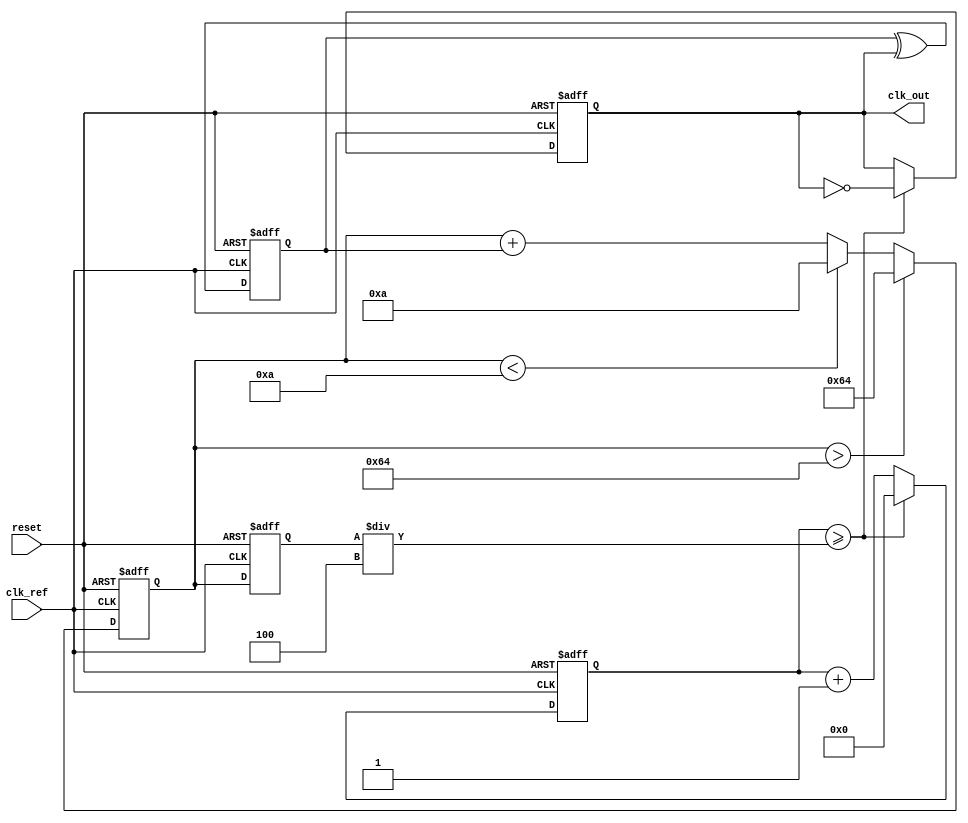
module PLL (
    input wire clk_ref,        // Reference clock input
    input wire reset,          // Asynchronous reset
    output reg clk_out         // Output clock
);

    // Parameters
    parameter DIV_RATIO = 4;   // Frequency divider ratio
    parameter VCO_MAX_FREQ = 100; // Maximum VCO frequency
    parameter VCO_MIN_FREQ = 10;  // Minimum VCO frequency
    parameter PHASE_DETECTOR_WIDTH = 8; // Phase detector output width

    // Internal signals
    reg [PHASE_DETECTOR_WIDTH-1:0] phase_error; // Phase error signal
    reg [7:0] control_voltage; // Control voltage for VCO
    reg [7:0] vco_output; // VCO output frequency
    reg [7:0] divider_counter; // Counter for frequency division

    // Phase Detector (XOR-based)
    always @(posedge clk_ref or posedge reset) begin
        if (reset) begin
            phase_error <= 0;
        end else begin
            // Example phase detector logic (XOR)
            phase_error <= phase_error ^ clk_out; // Compare phase
        end
    end

    // Loop Filter (Simple Integrator)
    always @(posedge clk_ref or posedge reset) begin
        if (reset) begin
            control_voltage <= 0;
        end else begin
            control_voltage <= control_voltage + phase_error; // Simple integration
            // Clamp control voltage to VCO range
            if (control_voltage > VCO_MAX_FREQ) begin
                control_voltage <= VCO_MAX_FREQ;
            end else if (control_voltage < VCO_MIN_FREQ) begin
                control_voltage <= VCO_MIN_FREQ;
            end
        end
    end

    // Voltage-Controlled Oscillator (VCO)
    always @(posedge clk_ref or posedge reset) begin
        if (reset) begin
            vco_output <= 0;
        end else begin
            // Simple linear VCO model
            vco_output <= control_voltage; // Control frequency by voltage
        end
    end

    // Frequency Divider
    always @(posedge clk_ref or posedge reset) begin
        if (reset) begin
            divider_counter <= 0;
            clk_out <= 0;
        end else begin
            divider_counter <= divider_counter + 1;
            if (divider_counter >= (vco_output / DIV_RATIO)) begin
                clk_out <= ~clk_out; // Toggle output clock
                divider_counter <= 0; // Reset counter
            end
        end
    end

endmodule